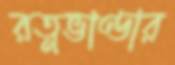
রত্নভাণ্ডার